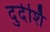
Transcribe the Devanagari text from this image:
दुर्दर्शि